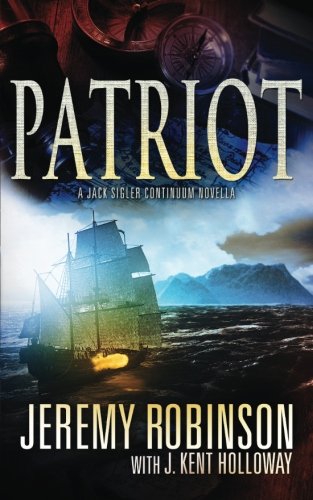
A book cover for Patriot (A Jack Sigler Continuum Novella) (Volume 2); Jeremy Robinson; Literature & Fiction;